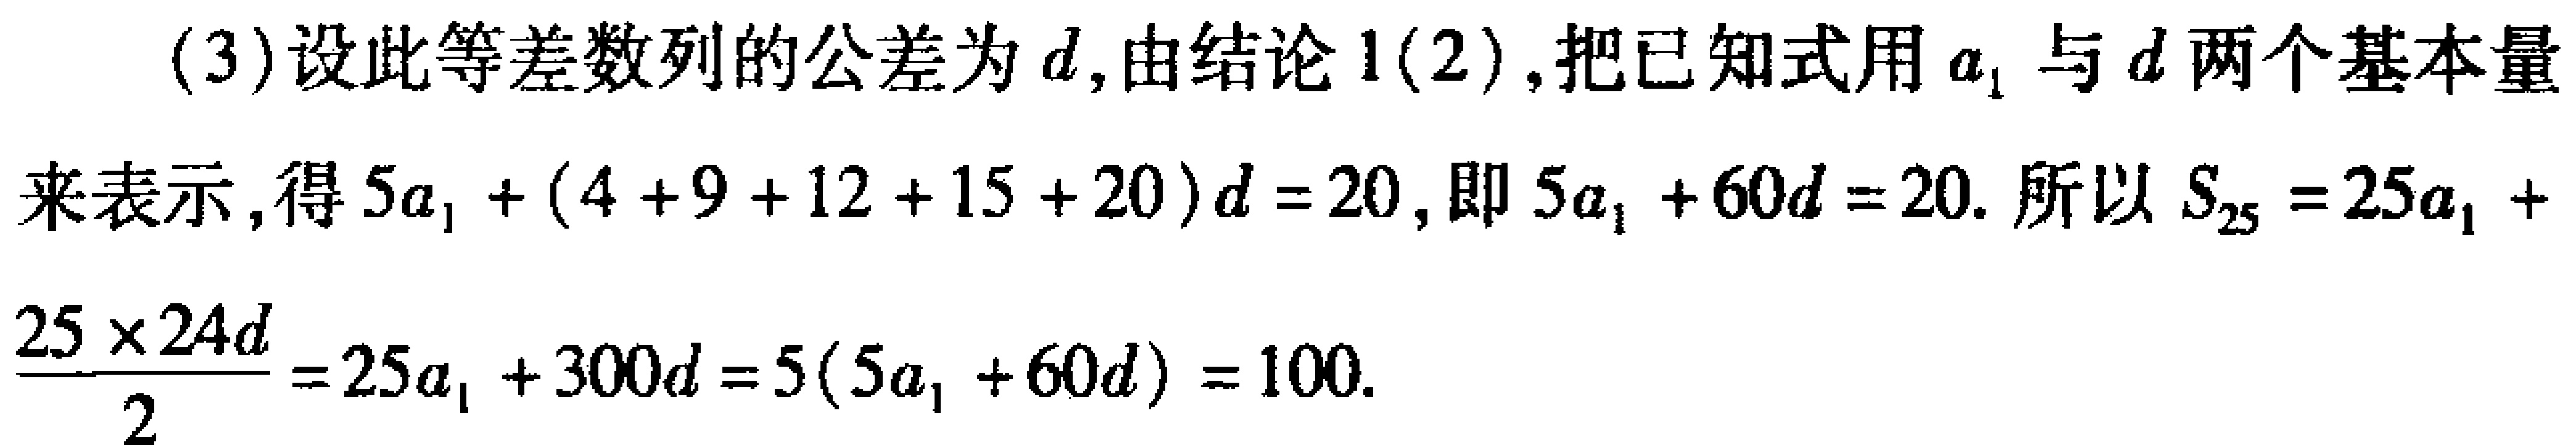
(3)设此等差数列的公差为\(d\)，由结论1(2),把已知式用\(a_{1}\)与\(d\)两个基本量来表示，得\(5a_{1}+(4 + 9 + 12 + 15 + 20)d = 20\)，即\(5a_{1}+60d = 20\). 所以\(S_{25}=25a_{1}+\frac{25\times24d}{2}=25a_{1}+300d = 5(5a_{1}+60d)=100\).